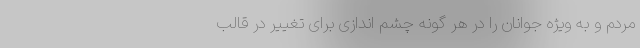
مردم و به ویژه جوانان را در هر گونه چشم اندازی برای تغییر در قالب